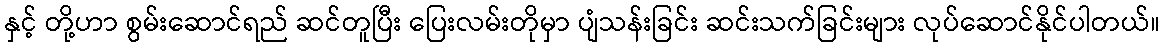
နှင့် တို့ဟာ စွမ်းဆောင်ရည် ဆင်တူပြီး ပြေးလမ်းတိုမှာ ပျံသန်းခြင်း ဆင်းသက်ခြင်းများ လုပ်ဆောင်နိုင်ပါတယ်။